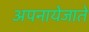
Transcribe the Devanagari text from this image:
अपनायेजाते